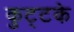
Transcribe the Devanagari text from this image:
कुट्टके